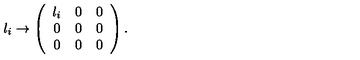
\l _ { i } \to \left( \begin{array} { c c c } { \l _ { i } } & { 0 } & { 0 } \\ { 0 } & { 0 } & { 0 } \\ { 0 } & { 0 } & { 0 } \\ \end{array} \right) .